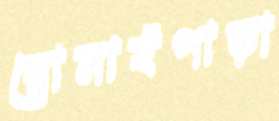
রোমাইপাড়া